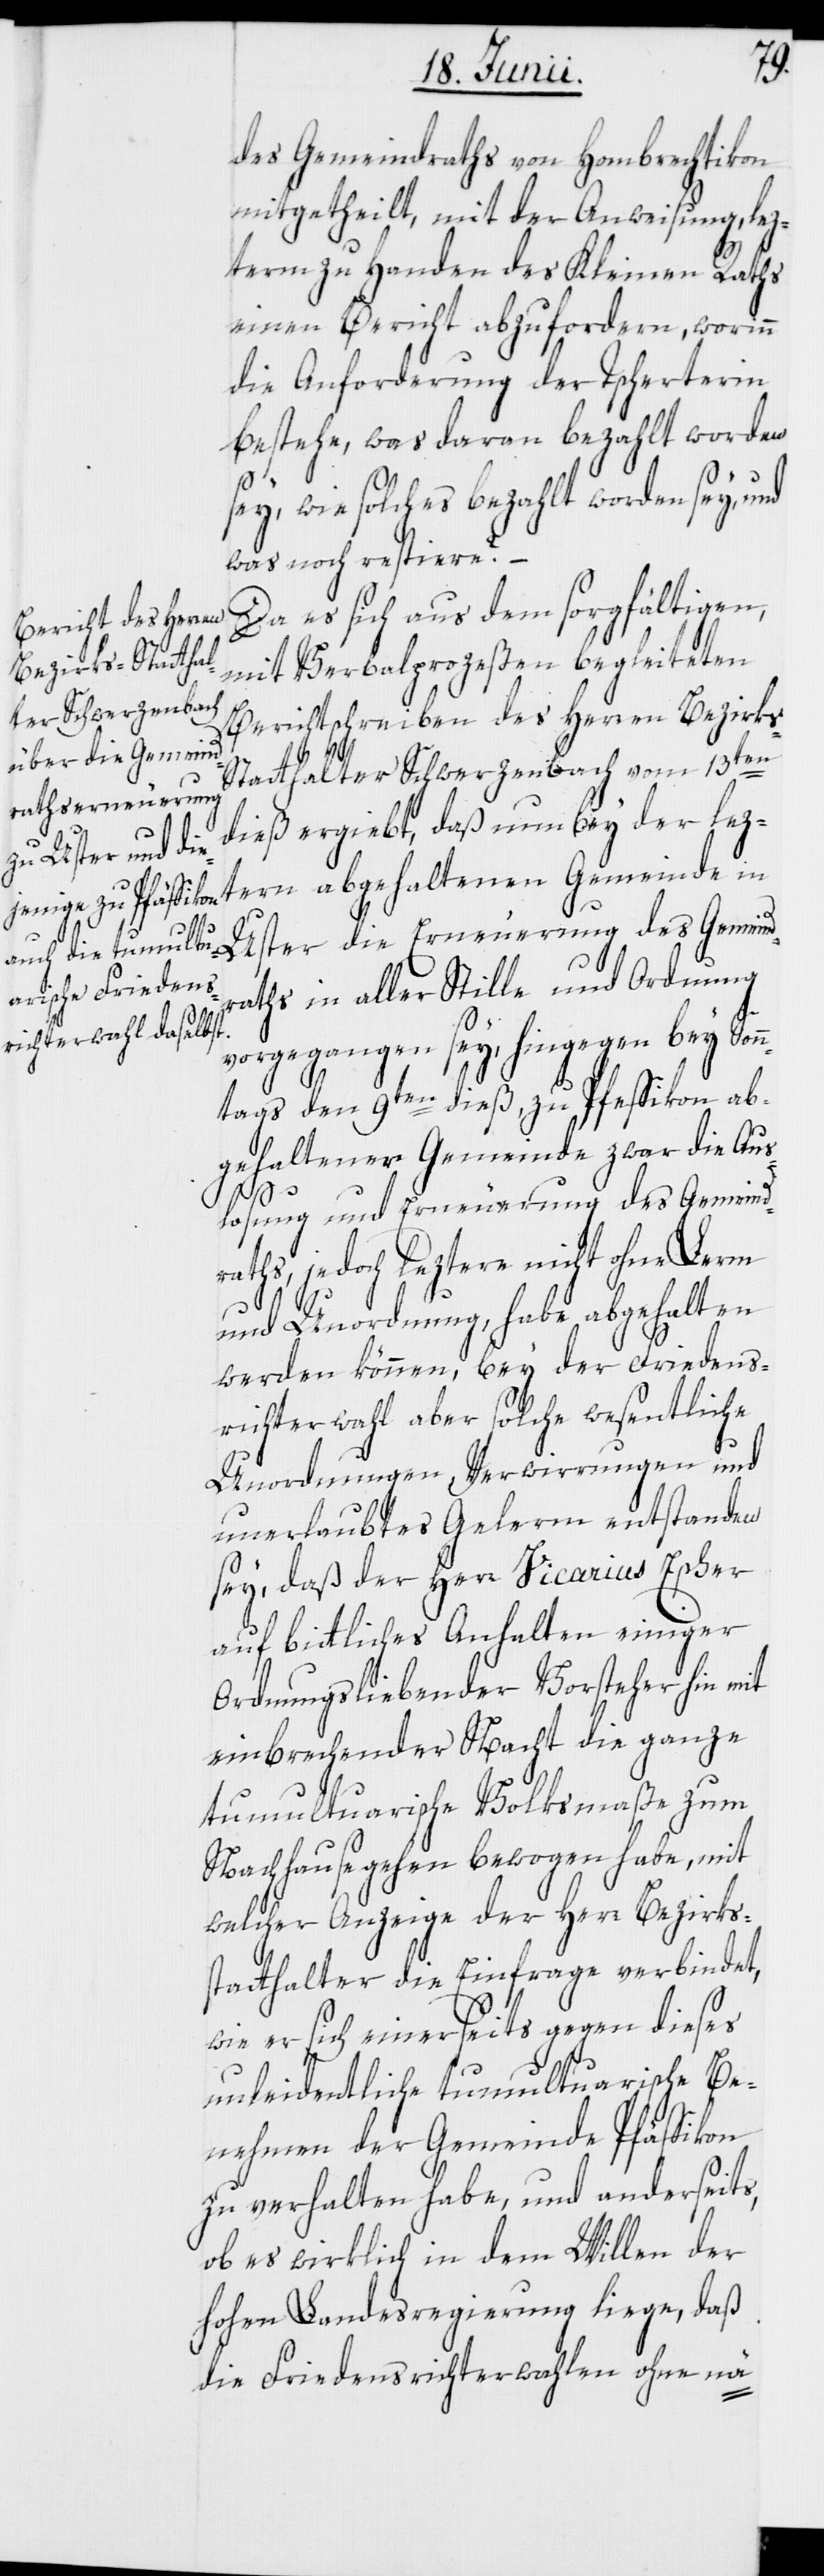
des Gemeindraths von Hombrechtikon
mitgetheilt, mit der Anweisung, lez¬
term zu Handen des Kleinen Raths
einen Bericht abzufordern, worinn
die Anforderung der Tscherterin
bestehe, was daran bezahlt worden
sey, wie solches bezahlt worden sey, und
was noch restiere?
Da es sich aus dem sorgfältigen,
mit Verbalprozeßen begleiteten
Berichtschreiben des Herren Bezirks-S¬
tatthalter Schwerzenbach vom 13ten
dieß ergiebt, daß nun bey der lez¬
tern abgehaltenen Gemeinde in
Uster die Erneuerung des Gemeind¬
raths in aller Stille und Ordnung
vorgegangen sey, hingegen bey Son¬
ntags den 9ten dieß, zu Pfeffikon ab¬
gehaltener Gemeinde zwar die Aus¬
losung und Erneuerung des Gemeind¬
raths, jedoch leztere nicht ohne Lerm
und Unordnung, habe abgehalten
werden können, bey der Friedens¬
richterwahl aber solche wesentliche
Unordnungen, Verwirrungen und
unerlaubtes Gelerm entstanden
sey, daß der Herr Vicarius Escher
auf bittliches Anhalten einiger
Ordnungsliebender Vorsteher hin mit
einbrechender Nacht die ganze
tumultuarische Volksmaße zum
Nachhausegehen bewogen habe, mit
welcher Anzeige der Herr Bezirks¬
statthalter die Einfrage verbindet,
wie er sich einerseits gegen dieses
unleidentliche tumultuarische Be¬
nehmen der Gemeine Pfäffikon
zu verhalten habe, und anderseits,
ob es wirklich in dem Willen der
hohen Landesregierung liege, daß
die Friedensrichterwahlen ohne nä-